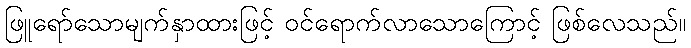
ဖြူရော်သောမျက်နှာထားဖြင့် ဝင်ရောက်လာသောကြောင့် ဖြစ်လေသည်။